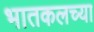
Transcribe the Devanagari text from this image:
भातकलच्या